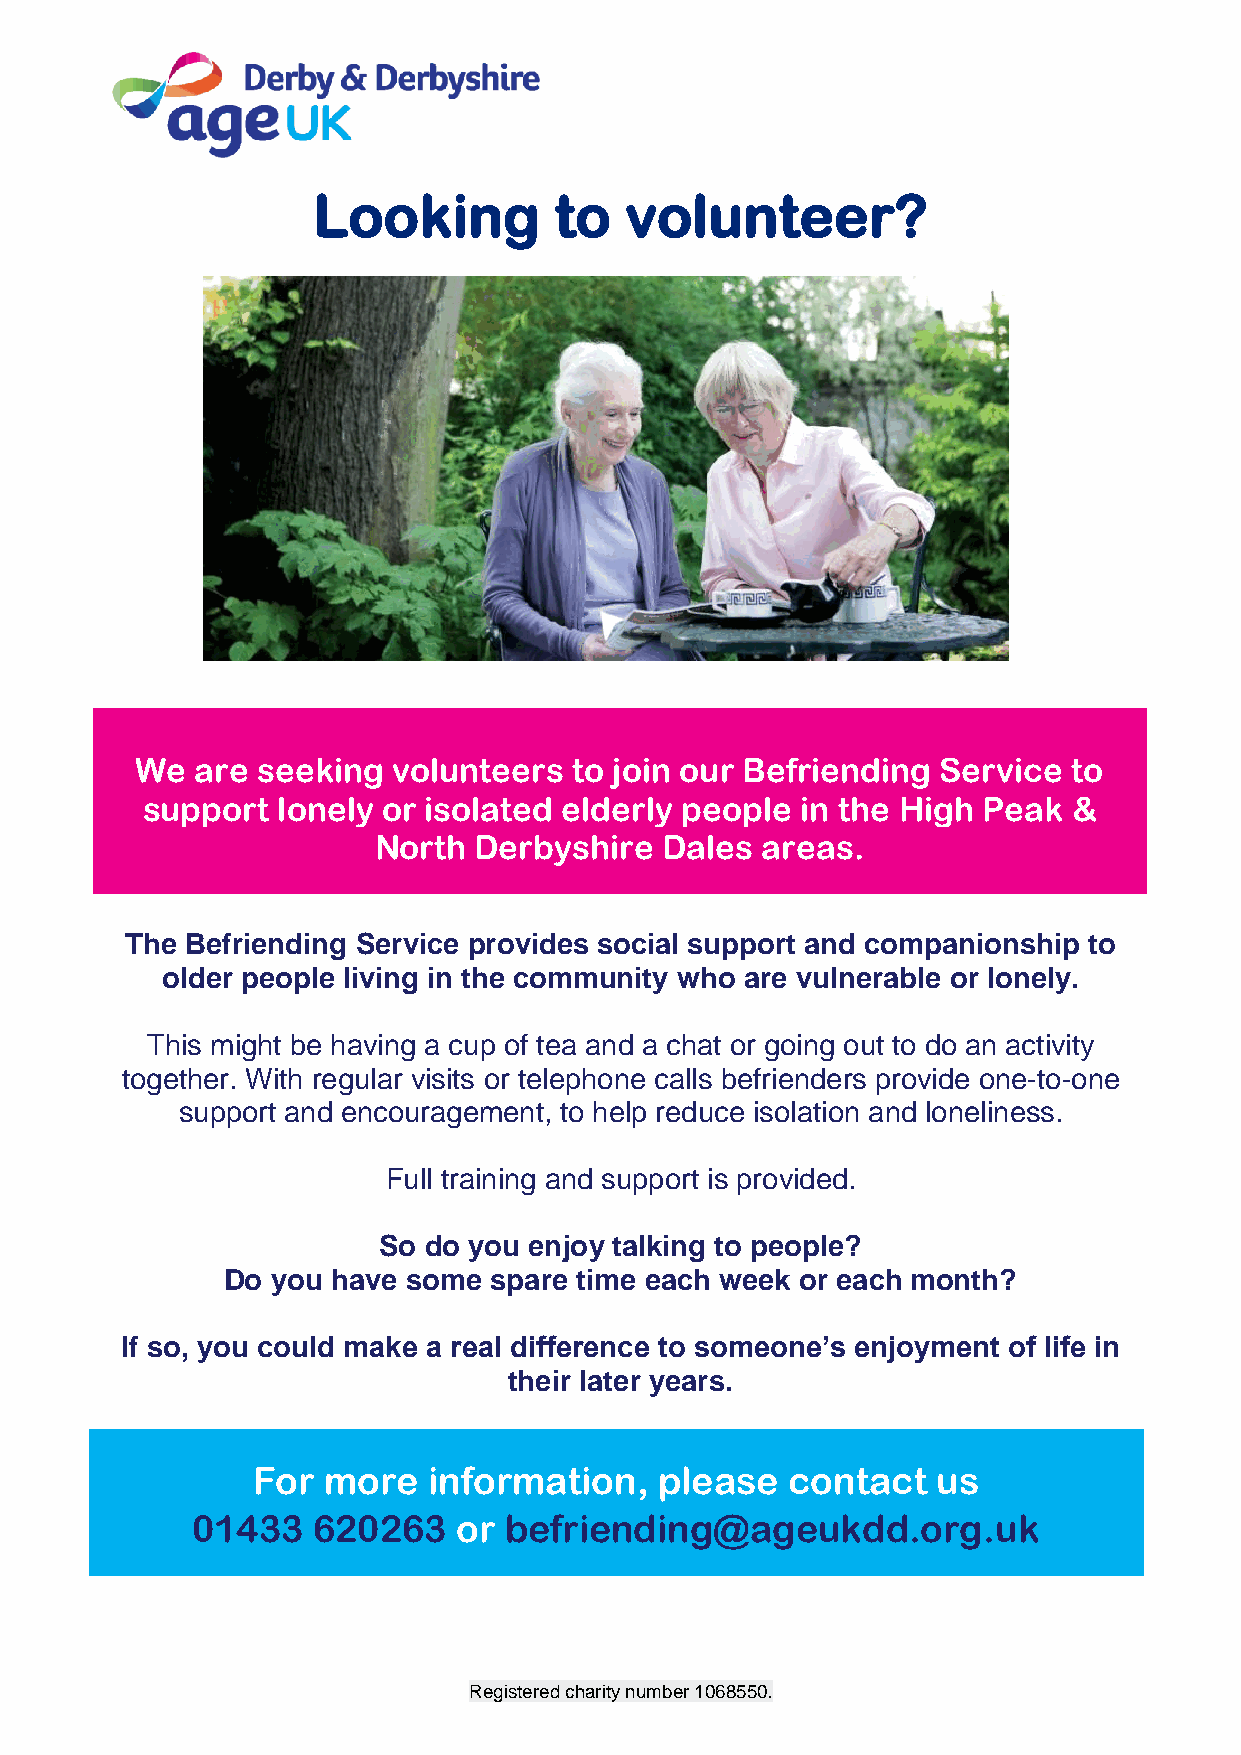
Looking         to  volunteer?
 We  are seeking  volunteers  to join our Befriending Service  to
 support  lonely or isolated elderly people  in the High Peak  &
 North Derbyshire   Dales areas.
 The Befriending Service provides social support and companionship to
 older people living in the community who are vulnerable or lonely.
 This might be having a cup of tea and a chat or going out to do an activity
 together. With regular visits or telephone calls befrienders provide one-to-one
 support and encouragement, to help reduce isolation and loneliness.
 Full training and support is provided.
 So do you enjoy talking to people?
 Do you have some spare time each week or each month?
 If so, you could make a real difference to someone’s enjoyment of life in
 their later years.
 For more   information,    please  contact   us
 01433   620263   or befriending@ageukdd.org.uk
 Registered charity number 1068550.